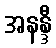
အနန္ဒီ